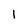
Character: 1